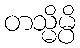
တသ္မိမ္ပိ